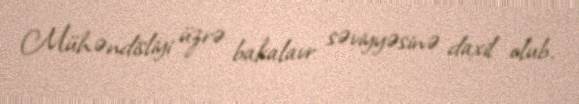
Mühəndisliyi üzrə bakalavr səviyyəsinə daxil olub.